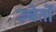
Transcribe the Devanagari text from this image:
उबेर्तो